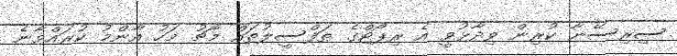
ސިރިސޭނާ ކުރިން ވިދާޅުވީ އެ ރިޕޯޓްގެ ތަފްސީލުތައް މާޗު މަހު އާންމު ކުރައްވާނެ